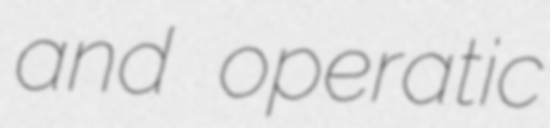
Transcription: and operatic